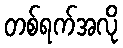
တစ်ရက်အလို